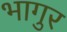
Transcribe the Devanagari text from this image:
भागुर